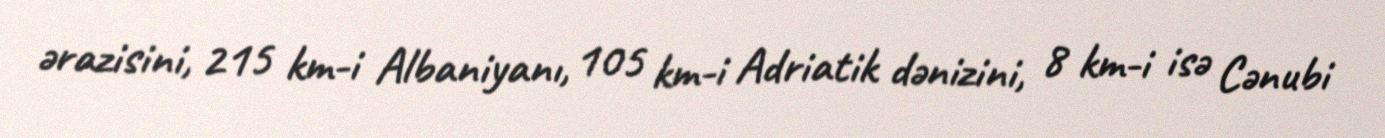
ərazisini, 215 km-i Albaniyanı, 105 km-i Adriatik dənizini, 8 km-i isə Cənubi